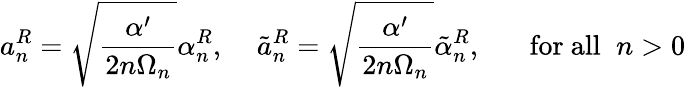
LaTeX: a_{n}^{R}=\sqrt{\frac{\alpha^{\prime}}{2n\Omega_{n}}}\alpha_{n}^{R},\; \; \; \; \tilde{a}_{n}^{R}=\sqrt{\frac{\alpha^{\prime}}{2n\Omega_{n}}}\tilde{\alpha}_{n}^{R},\; \; \; \; \; \; \mathrm{for~all}\; \; n>0